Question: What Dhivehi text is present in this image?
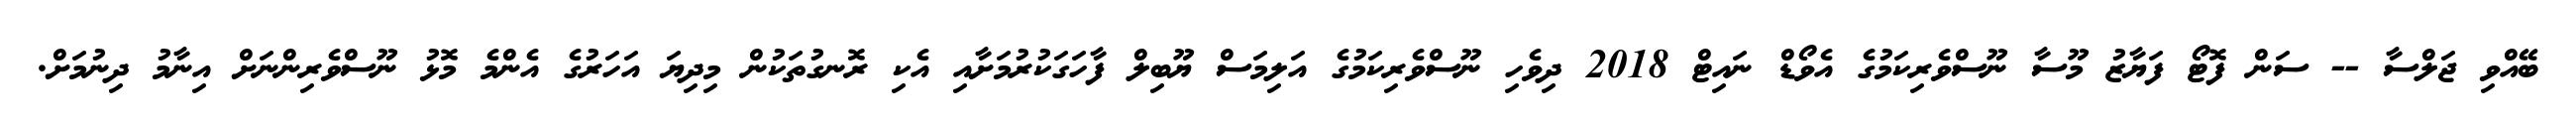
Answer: ބޭއްވި ޖަލްސާ -- ސަން ފޮޓޯ ފަޔާޒު މޫސާ ނޫސްވެރިކަމުގެ އެވޯޑް ނައިޓް 2018 ދިވެހި ނޫސްވެރިކަމުގެ އަލިމަސް ޔޫބިލް ފާހަގަކުރުމަށާއި އެކި ރޮނގުތަކުން މިދިޔަ އަހަރުގެ އެންމެ މޮޅު ނޫސްވެރިންނަށް އިނާމު ދިނުމަށް.